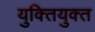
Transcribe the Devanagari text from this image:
युक्‍ितयुक्‍त